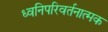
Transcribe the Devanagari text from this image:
ध्वनिपरिवर्तनात्मक